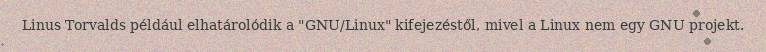
Linus Torvalds például elhatárolódik a "GNU/Linux" kifejezéstől, mivel a Linux nem egy GNU projekt.